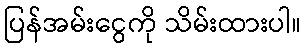
ပြန်အမ်းငွေကို သိမ်းထားပါ။